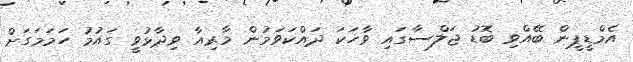
އެމްޑީޕީން ބޭއްވި ބޮޑު ޖަލްސާގައި ވާހަކަ ދައްކަވަމުން މާރިއާ ވިދާޅުވީ ގައުމު ހަމަމަގަށް